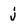
Character: j